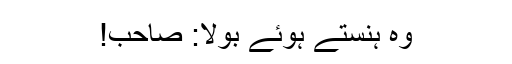
وہ ہنستے ہوئے بولا: صاحب!